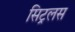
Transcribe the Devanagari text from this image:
सिट्रलस